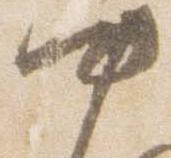
中